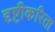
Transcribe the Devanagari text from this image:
दृष्टीकरिता